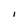
Character: I